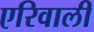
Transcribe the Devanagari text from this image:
एरिवाली